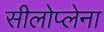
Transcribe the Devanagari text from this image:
सीलोप्लेना